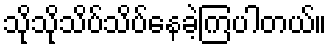
သိုသိုသိပ်သိပ်နေခဲ့ကြပါတယ်။